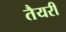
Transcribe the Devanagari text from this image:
तैयरी